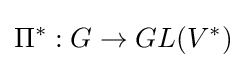
\Pi ^{*}:G\rightarrow GL(V^{*})